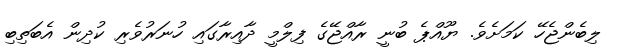
ލިބެންޖެހޭ ކަމަށެވެ. ޔޫއްޕެ ބުނީ ރާއްޖޭގެ ފިލްމީ ދާއިރާގައި ހުނަރުވެރި ކުދިން އެބަތިބި